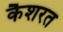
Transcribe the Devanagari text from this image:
कैशरत